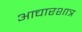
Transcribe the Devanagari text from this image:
आचारशात्र